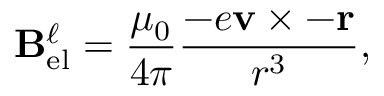
\mathbf { B } _ { \mathrm { e l } } ^ { \ell } = { \frac { \mu _ { 0 } } { 4 \pi } } { \frac { - e \mathbf { v } \times - \mathbf { r } } { r ^ { 3 } } } ,